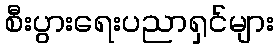
စီးပွားရေးပညာရှင်များ